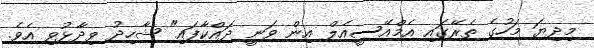
މިދިޔަ މަހުގެ ތެރޭގައި އެމްއޭސީއެލް އިން ވަނީ ދައްކާފައި" ޝާހިދު ވިދާޅުވި އެވެ.